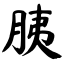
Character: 胰